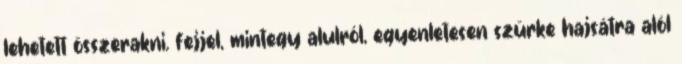
lehetett összerakni. fejjel, mintegy alulról, egyenletesen szürke hajsátra alól